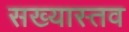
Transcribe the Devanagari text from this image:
सख्यास्तव